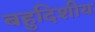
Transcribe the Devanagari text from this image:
बहुदिशीय